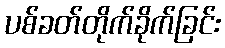
ပစ်ခတ်တိုက်ခိုက်ခြင်း